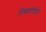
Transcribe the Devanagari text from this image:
निष्कर्षांपर्यंत